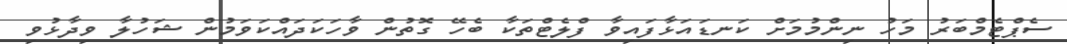
ސެޕްޓެމްބަރު މަހު ނިންމުމަށް ކަނޑައަޅާފައިވާ ފްލެޓްތަކާ ބެހޭ ގޮތުން ވާހަކަދައްކަވަމުން ޝަހުލާ ވިދާޅުވި